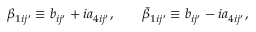
\beta _ { 1 i j ^ { \prime } } \equiv b _ { i j ^ { \prime } } + i a _ { 4 i j ^ { \prime } } , \qquad \bar { \beta } _ { 1 i j ^ { \prime } } \equiv b _ { i j ^ { \prime } } - i a _ { 4 i j ^ { \prime } } ,